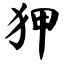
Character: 狎